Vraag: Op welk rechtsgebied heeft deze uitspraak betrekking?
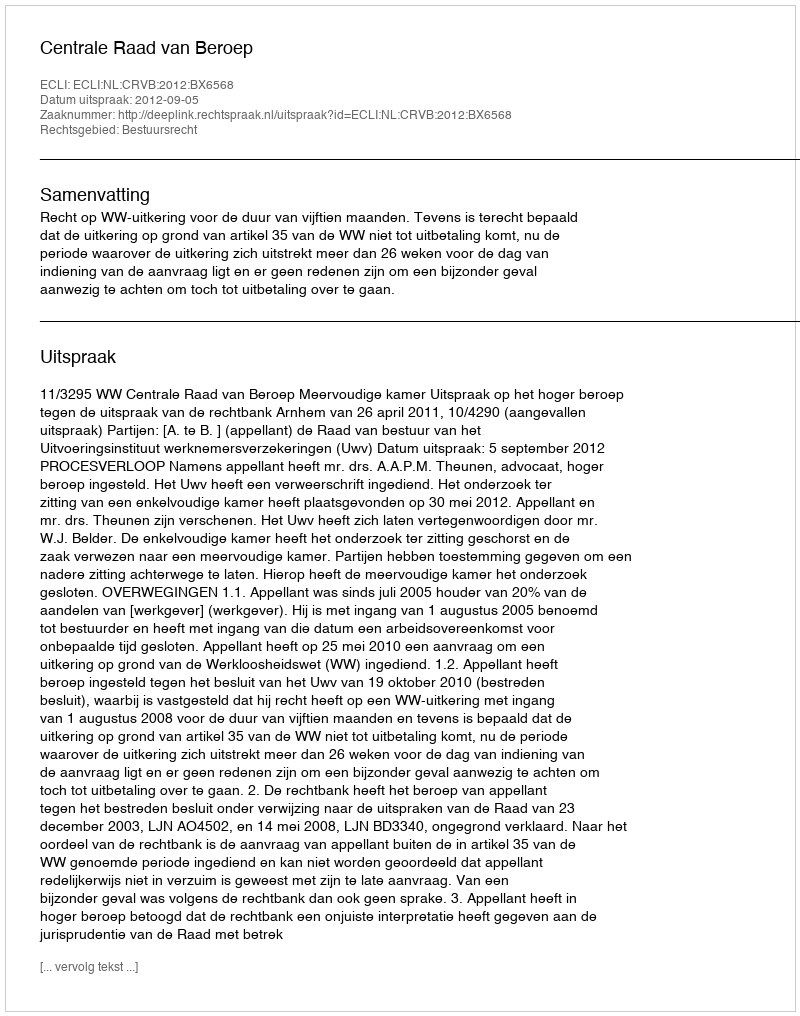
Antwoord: Bestuursrecht